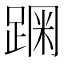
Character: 𰸗